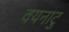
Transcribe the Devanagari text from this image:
वयनाटु